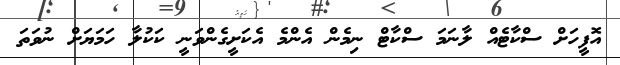
އޮފީހަށް ސްކާޓެއް ލާނަމަ ސްކާޓް ނިމެން އެންމެ އެކަށީގެންވަނީ ކަކުލާ ހަމަޔަށް ނުވަތަ